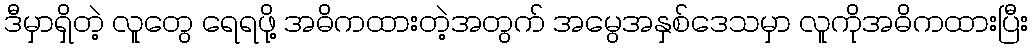
ဒီမှာရှိတဲ့ လူတွေ ရေရဖို့ အဓိကထားတဲ့အတွက် အမွေအနှစ်ဒေသမှာ လူကိုအဓိကထားပြီး